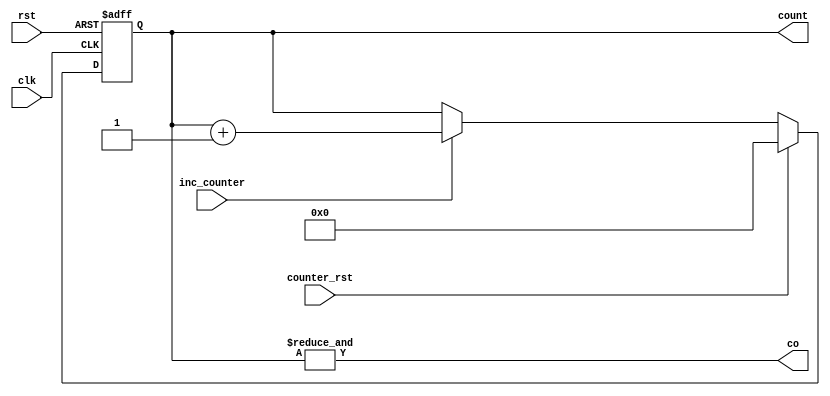
`timescale 1ns/1ns
module counter6bit(clk, rst, counter_rst, inc_counter, count, co);
    input clk, rst, counter_rst, inc_counter;
    output reg[5:0] count;
    output co;

    always @(posedge clk , posedge rst) begin
        if (rst) begin
            count <= 6'b0;
        end
        else begin
            if(counter_rst) begin
                count <= 6'b0;
            end
            else if(inc_counter) begin
                count <= count+1;
            end
        end
    end
    assign co = &count;

endmodule